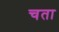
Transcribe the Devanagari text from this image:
चता